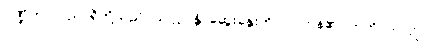
ပဏ္ဍိတာ၊ ပညာရှိတို့သည်။ သလ္လပန္တိ၊ ဆွေးနွေးတိုင်ပင်ကုန်၏။ ဣတိ၊ ဤသို့။